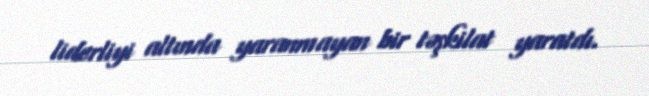
liderliyi altında yaranmayan bir təşkilat yaratdı.